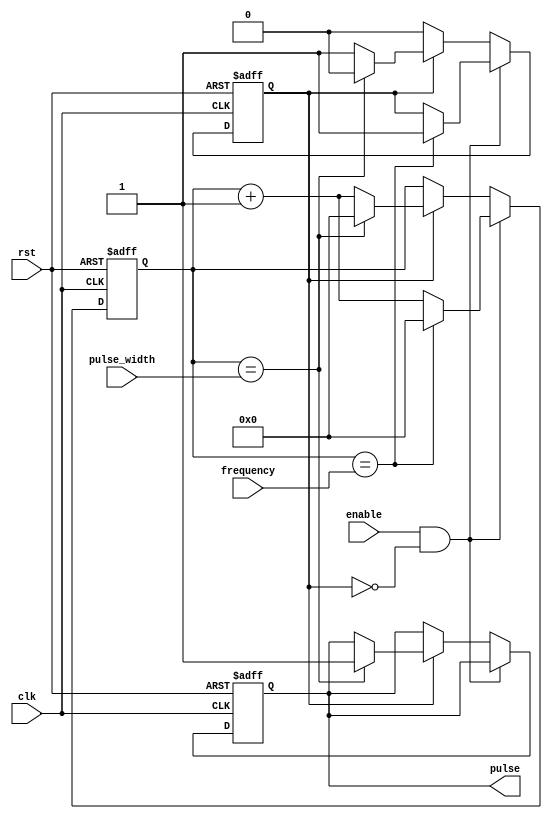
module PulseGenerator(
    input wire clk, // Clock input
    input wire rst, // Reset input
    input wire enable, // Enable input
    input wire [7:0] pulse_width, // 8-bit input for pulse width
    input wire [7:0] frequency, // 8-bit input for frequency
    output reg pulse // Output pulse signal
);

reg [7:0] count;
reg pulse_enable;

always @(posedge clk, posedge rst) begin
    if (rst) begin
        count <= 8'b0; // Reset count
        pulse <= 1'b0; // Reset output pulse signal
        pulse_enable <= 1'b0; // Reset pulse enable signal
    end
    else if (enable && !pulse_enable) begin
        count <= count + 1;
        if (count == frequency) begin
            count <= 8'b0;
            pulse_enable <= 1'b1;
        end
    end
    else if (pulse_enable) begin
        count <= count + 1;
        if (count == pulse_width) begin
            count <= 8'b0;
            pulse_enable <= 1'b0;
            pulse <= 1'b1;
        end
    end
end

endmodule